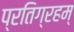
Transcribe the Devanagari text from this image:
प्रतिग्रहम्